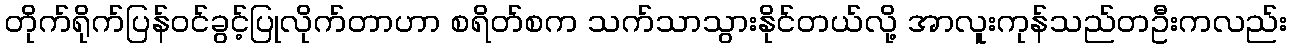
တိုက်ရိုက်ပြန်ဝင်ခွင့်ပြုလိုက်တာဟာ စရိတ်စက သက်သာသွားနိုင်တယ်လို့ အာလူးကုန်သည်တဦးကလည်း